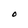
Character: O